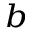
^ b